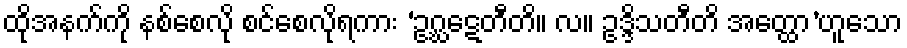
ထိုအနက်ကို နစ်စေလို စင်စေလိုရကား ‘ဥဂ္ဃဋေတီတိ။ လ။ ဥဒ္ဒိသတီတိ အတ္ထော’ဟူသော